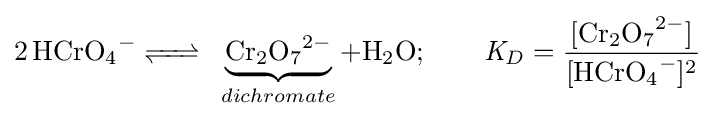
{\ce {2HCrO4^- <=>}}\ \underbrace {{\ce {Cr2O7^2-}}} _{dichromate}+{\ce {H2O}};\qquad {\mathit {K}}_{D}={\frac {[{\ce {Cr2O7^2-}}]}{[{\ce {HCrO4^-}}]^{2}}}